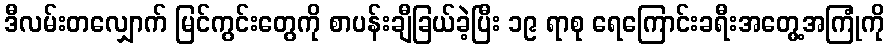
ဒီလမ်းတလျှောက် မြင်ကွင်းတွေကို စာပန်းချီခြယ်ခဲ့ပြီး ၁၉ ရာစု ရေကြောင်းခရီးအတွေ့အကြုံကို